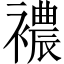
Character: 襛